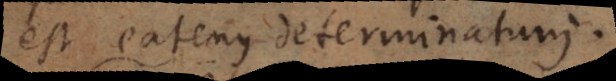
est eatenus determinatum.